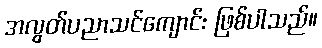
အလွတ်ပညာသင်ကျောင်း ဖြစ်ပါသည်။